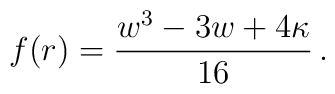
f(r) = \frac{w^3 - 3 w + 4 \kappa}{16}\,.